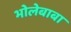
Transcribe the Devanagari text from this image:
भोलेबाबा